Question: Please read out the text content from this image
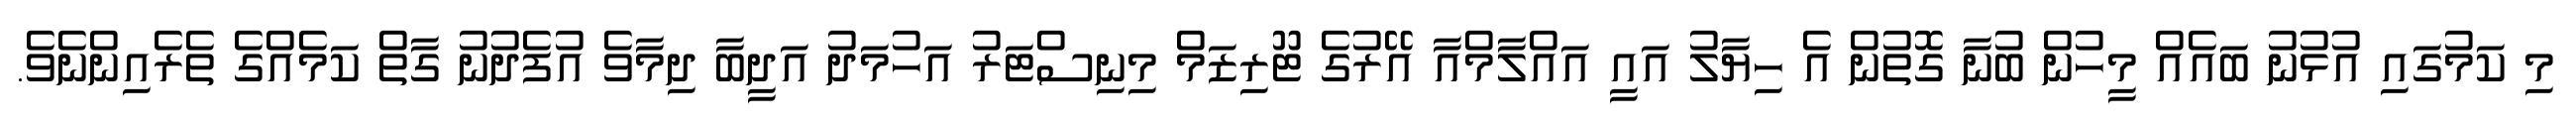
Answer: މި ކަމުގައި އުޅުނު ބައެއް މީހުން ބުނާ ގޮތުން އެ ހިޔާލު އައީ އައްލާމްއާ އޭރުގެ ޓޫރިޒަމް މިނިސްޓަރު އަހުމަދު އަދީބާ ދިމާވެ އުފެދުނު ގާތް ކަމެއްގެ ތެރެއިންނެވެ.